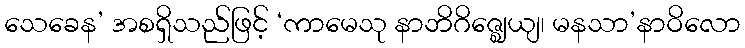
သေခေန’ အစရှိသည်ဖြင့် ‘ကာမေသု နာဘိဂိဇ္ဈေယျ၊ မနသာ’နာဝိလော